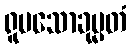
ရူပသောခုမ္မတံ